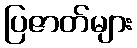
ပြဇာတ်များ